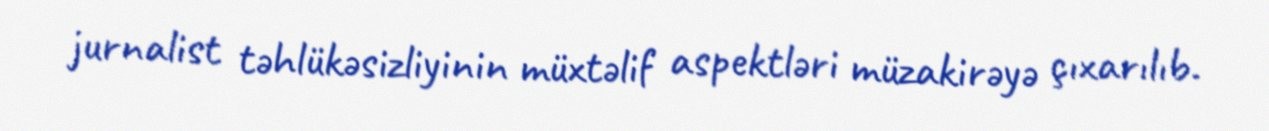
jurnalist təhlükəsizliyinin müxtəlif aspektləri müzakirəyə çıxarılıb.